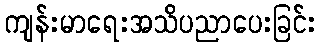
ကျန်းမာရေးအသိပညာပေးခြင်း